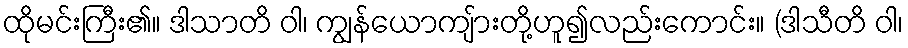
ထိုမင်းကြီး၏။ ဒါသာတိ ဝါ၊ ကျွန်ယောကျ်ားတို့ဟူ၍လည်းကောင်း။ (ဒါသီတိ ဝါ၊